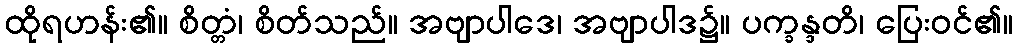
ထိုရဟန်း၏။ စိတ္တံ၊ စိတ်သည်။ အဗျာပါဒေ၊ အဗျာပါဒ၌။ ပက္ခန္ဒတိ၊ ပြေးဝင်၏။